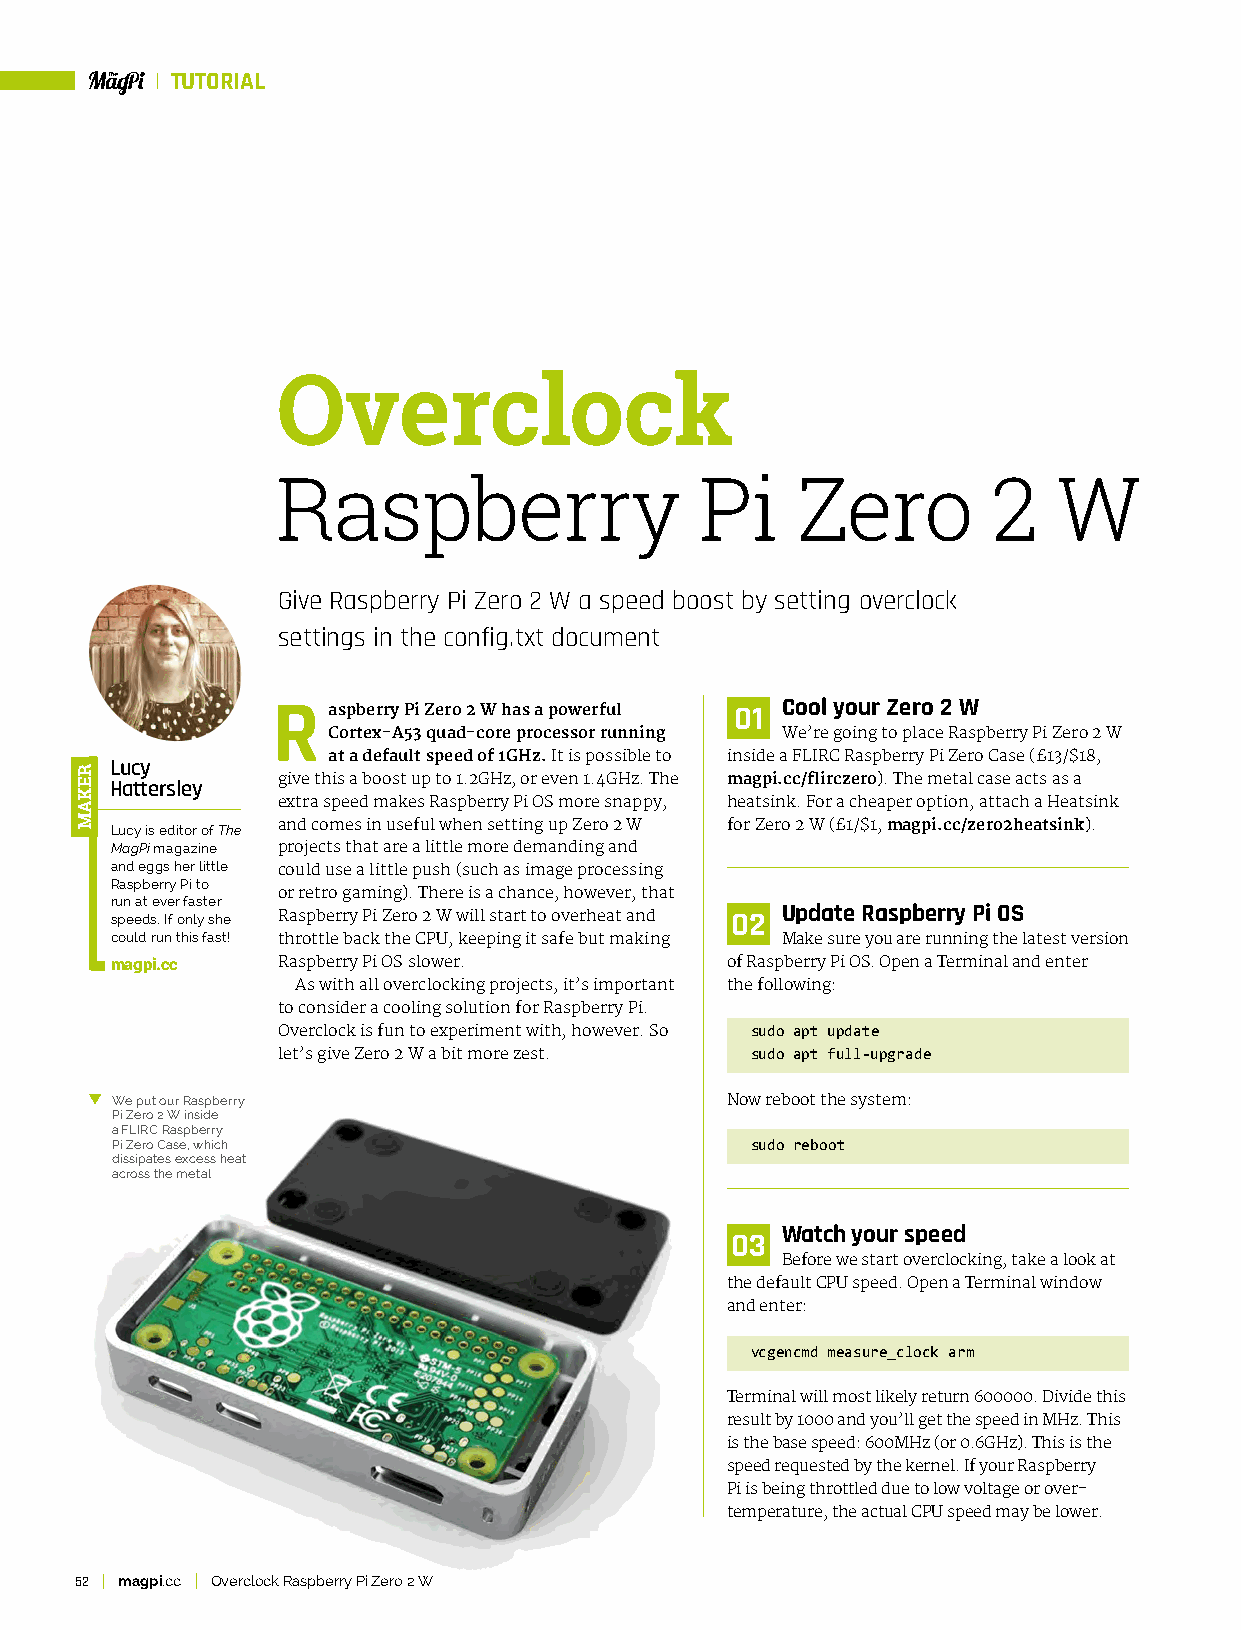
TUTORIAL
 Overclock
 Raspberry                   Pi     Zero         2   W
 Give Raspberry Pi Zero 2 W a speed boost by setting overclock
 settings in the config.txt document
 R   aspberry Pi Zero 2 W has a powerful 01 Cool your Zero 2 W
 Cortex-A53 quad-core processor running We’re going to place Raspberry Pi Zero 2 W
 at a default speed of 1GHz. It is possible to inside a FLIRC Raspberry Pi Zero Case (£13/$18,
 Lucy
 give this a boost up to 1.2GHz, or even 1.4GHz. The magpi.cc/flirczero). The metal case acts as a
 Hattersley
 extra speed makes Raspberry Pi OS more snappy, heatsink. For a cheaper option, attach a Heatsink
 Lucy is editor of The and comes in useful when setting up Zero 2 W for Zero 2 W (£1/$1, magpi.cc/zero2heatsink).
 MagPi magazine projects that are a little more demanding and
 and eggs her little could use a little push (such as image processing
 Raspberry Pi to
 or retro gaming). There is a chance, however, that
 run at ever faster
 speeds. If only she Raspberry Pi Zero 2 W will start to overheat and 02 Update Raspberry Pi OS
 could run this fast! throttle back the CPU, keeping it safe but making Make sure you are running the latest version
 magpi.cc   Raspberry Pi OS slower.       of Raspberry Pi OS. Open a Terminal and enter
 As with all overclocking projects, it’s important the following:
 to consider a cooling solution for Raspberry Pi.
 Overclock is fun to experiment with, however. So sudo apt update
 let’s give Zero 2 W a bit more zest. sudo apt full-upgrade
 We put our Raspberry                     Now reboot the system:
 Pi Zero 2 W inside
 a FLIRC Raspberry
 Pi Zero Case, which                        sudo reboot
 dissipates excess heat
 across the metal
 Watch your speed
 03
 Before we start overclocking, take a look at
 the default CPU speed. Open a Terminal window
 and enter:
 vcgencmd measure_clock arm
 Terminal will most likely return 600000. Divide this
 result by 1000 and you’ll get the speed in MHz. This
 is the base speed: 600MHz (or 0.6GHz). This is the
 speed requested by the kernel. If your Raspberry
 Pi is being throttled due to low voltage or over-
 temperature, the actual CPU speed may be lower.
 52 magpi.cc Overclock Raspberry Pi Zero 2 W
 REKAM